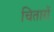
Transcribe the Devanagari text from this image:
चितारों